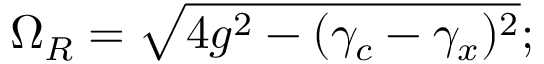
\Omega _ { R } = \sqrt { 4 g ^ { 2 } - ( \gamma _ { c } - \gamma _ { x } ) ^ { 2 } } ;